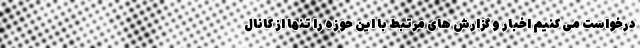
درخواست می کنیم اخبار و گزارش های مرتبط با این حوزه را تنها از کانال